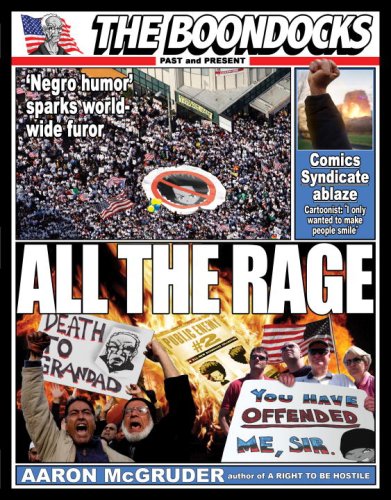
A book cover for All the Rage: The Boondocks Past and Present; Aaron McGruder; Humor & Entertainment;